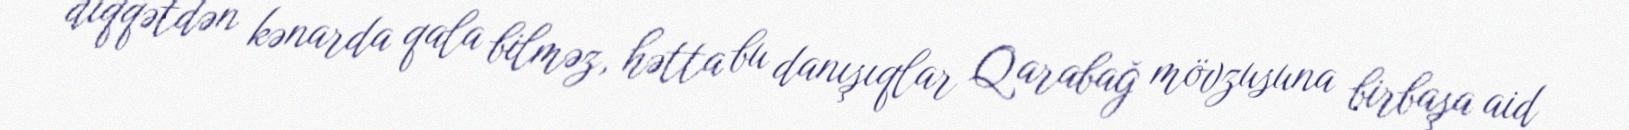
diqqətdən kənarda qala bilməz, hətta bu danışıqlar Qarabağ mövzusuna birbaşa aid